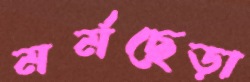
মর্মছেড়া